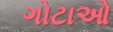
ગોટાઓ